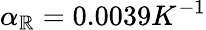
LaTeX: \alpha_{\mathbb{R}}=0.0039K^{-1}